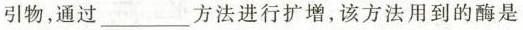
引物，通过 ___ 方法进行扩增，该方法用到的酶是